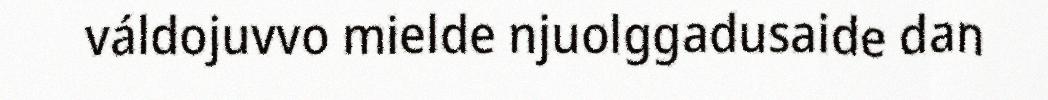
váldojuvvo mielde njuolggadusaide dan